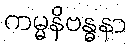
ကမ္မနိဗန္ဓနာ